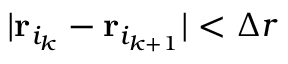
| { \bf r } _ { i _ { k } } - { \bf r } _ { i _ { k + 1 } } | < \Delta r